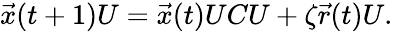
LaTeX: \begin{array}{r}{\vec{x}(t+1)U=\vec{x}(t)UCU+\zeta\vec{r}(t)U.}\end{array}